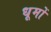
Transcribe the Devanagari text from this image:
धूमों